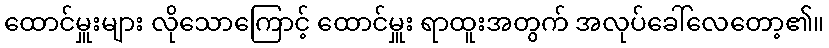
ထောင်မှူးများ လိုသောကြောင့် ထောင်မှူး ရာထူးအတွက် အလုပ်ခေါ်လေတော့၏။